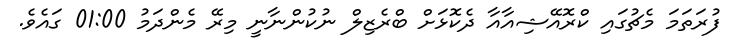
ފުރަތަމަ މެޗުގައި ކްރޮއޭޝިއާއާ ދެކޮޅަށް ބްރެޒިލް ނުކުންނާނީ މިރޭ މެންދަމު 01:00 ގައެވެ.